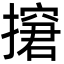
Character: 㩈